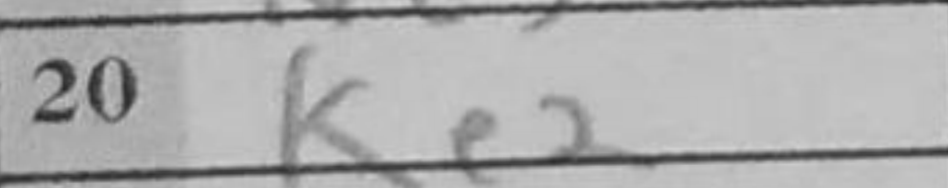
Transcription: Ke2